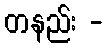
တနည်း -